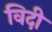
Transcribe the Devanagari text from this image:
विदी